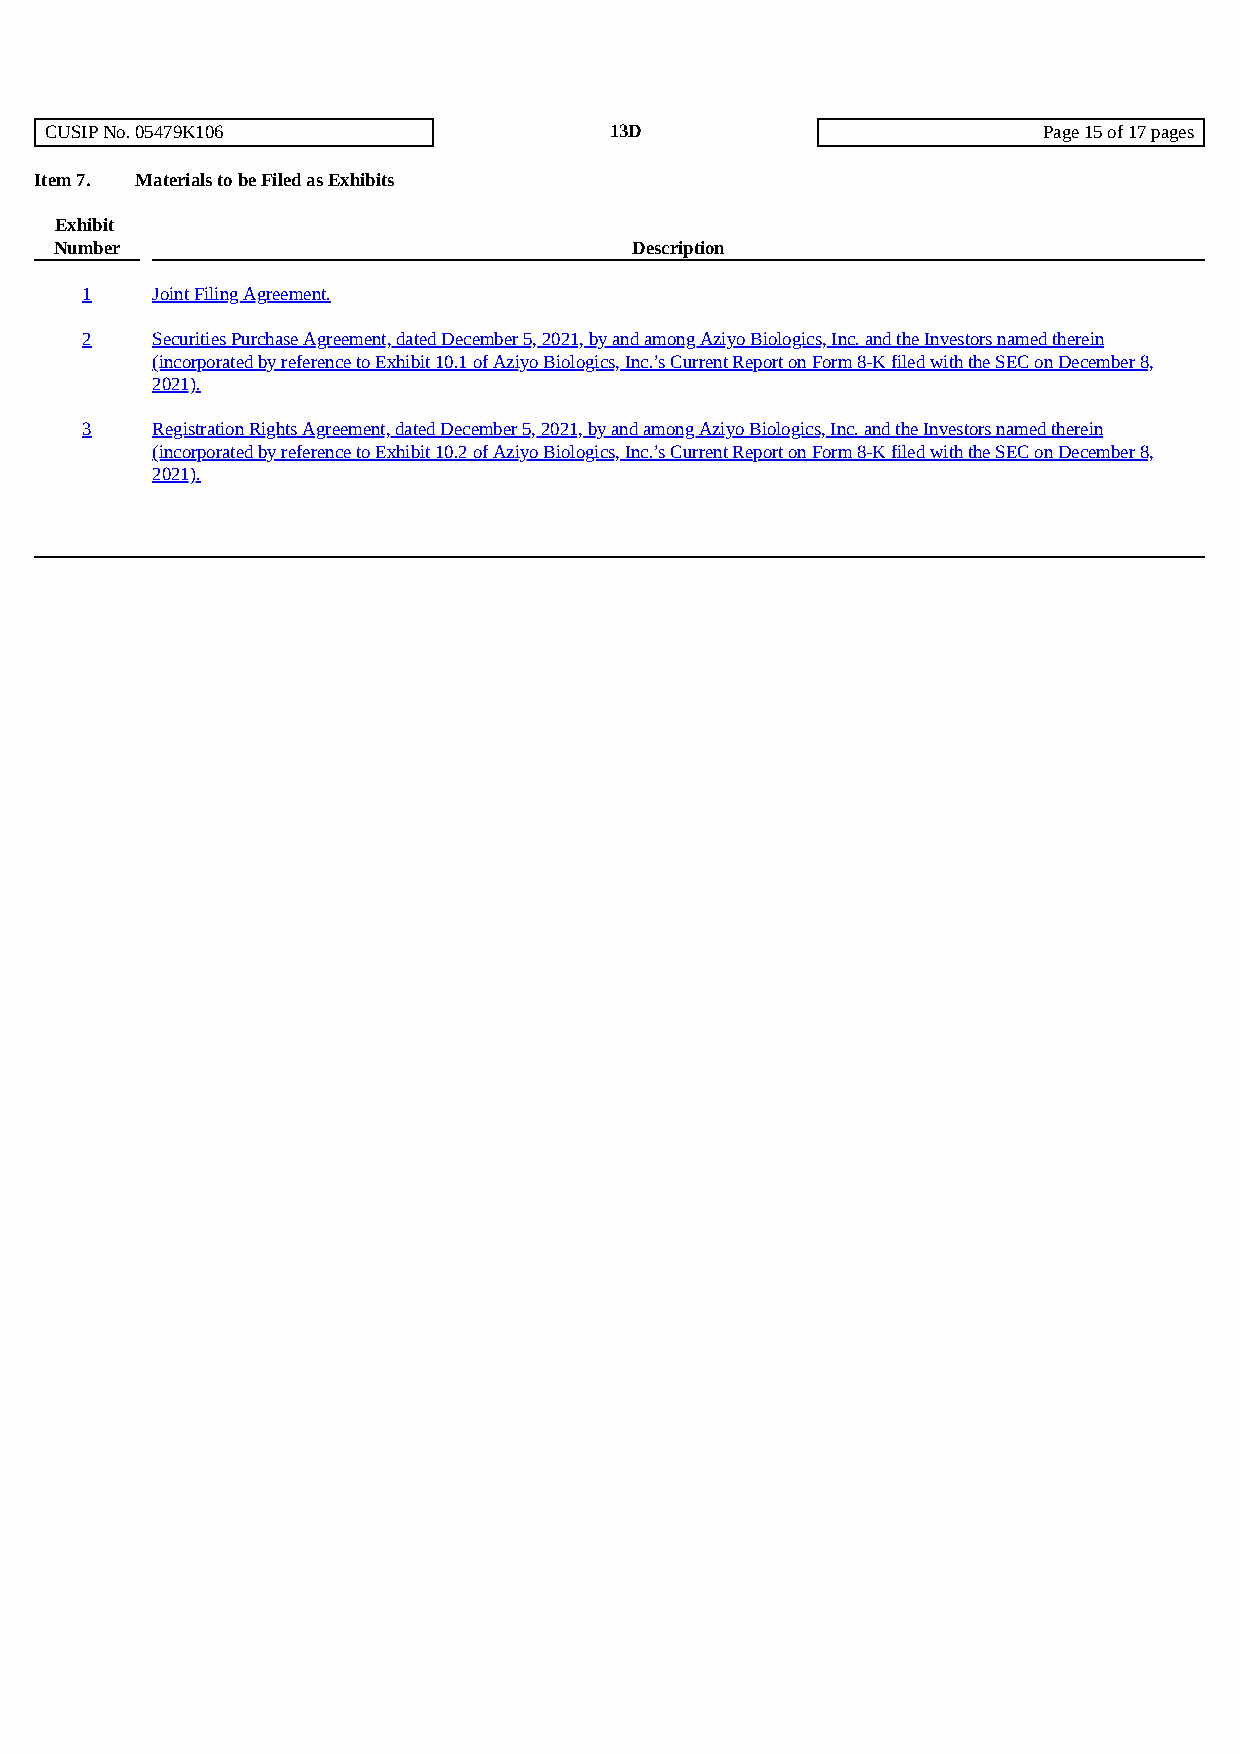
CUSIP No. 05479K106                  13D                          Page 15 of 17 pages
 Item 7. Materials to be Filed as Exhibits
 Exhibit
 Number                                Description
 1    Joint Filing Agreement.
 2    Securities Purchase Agreement, dated December 5, 2021, by and among Aziyo Biologics, Inc. and the Investors named therein
 (incorporated by reference to Exhibit 10.1 of Aziyo Biologics, Inc.’s Current Report on Form 8-K filed with the SEC on December 8,
 2021).
 3    Registration Rights Agreement, dated December 5, 2021, by and among Aziyo Biologics, Inc. and the Investors named therein
 (incorporated by reference to Exhibit 10.2 of Aziyo Biologics, Inc.’s Current Report on Form 8-K filed with the SEC on December 8,
 2021).